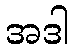
အဒါ